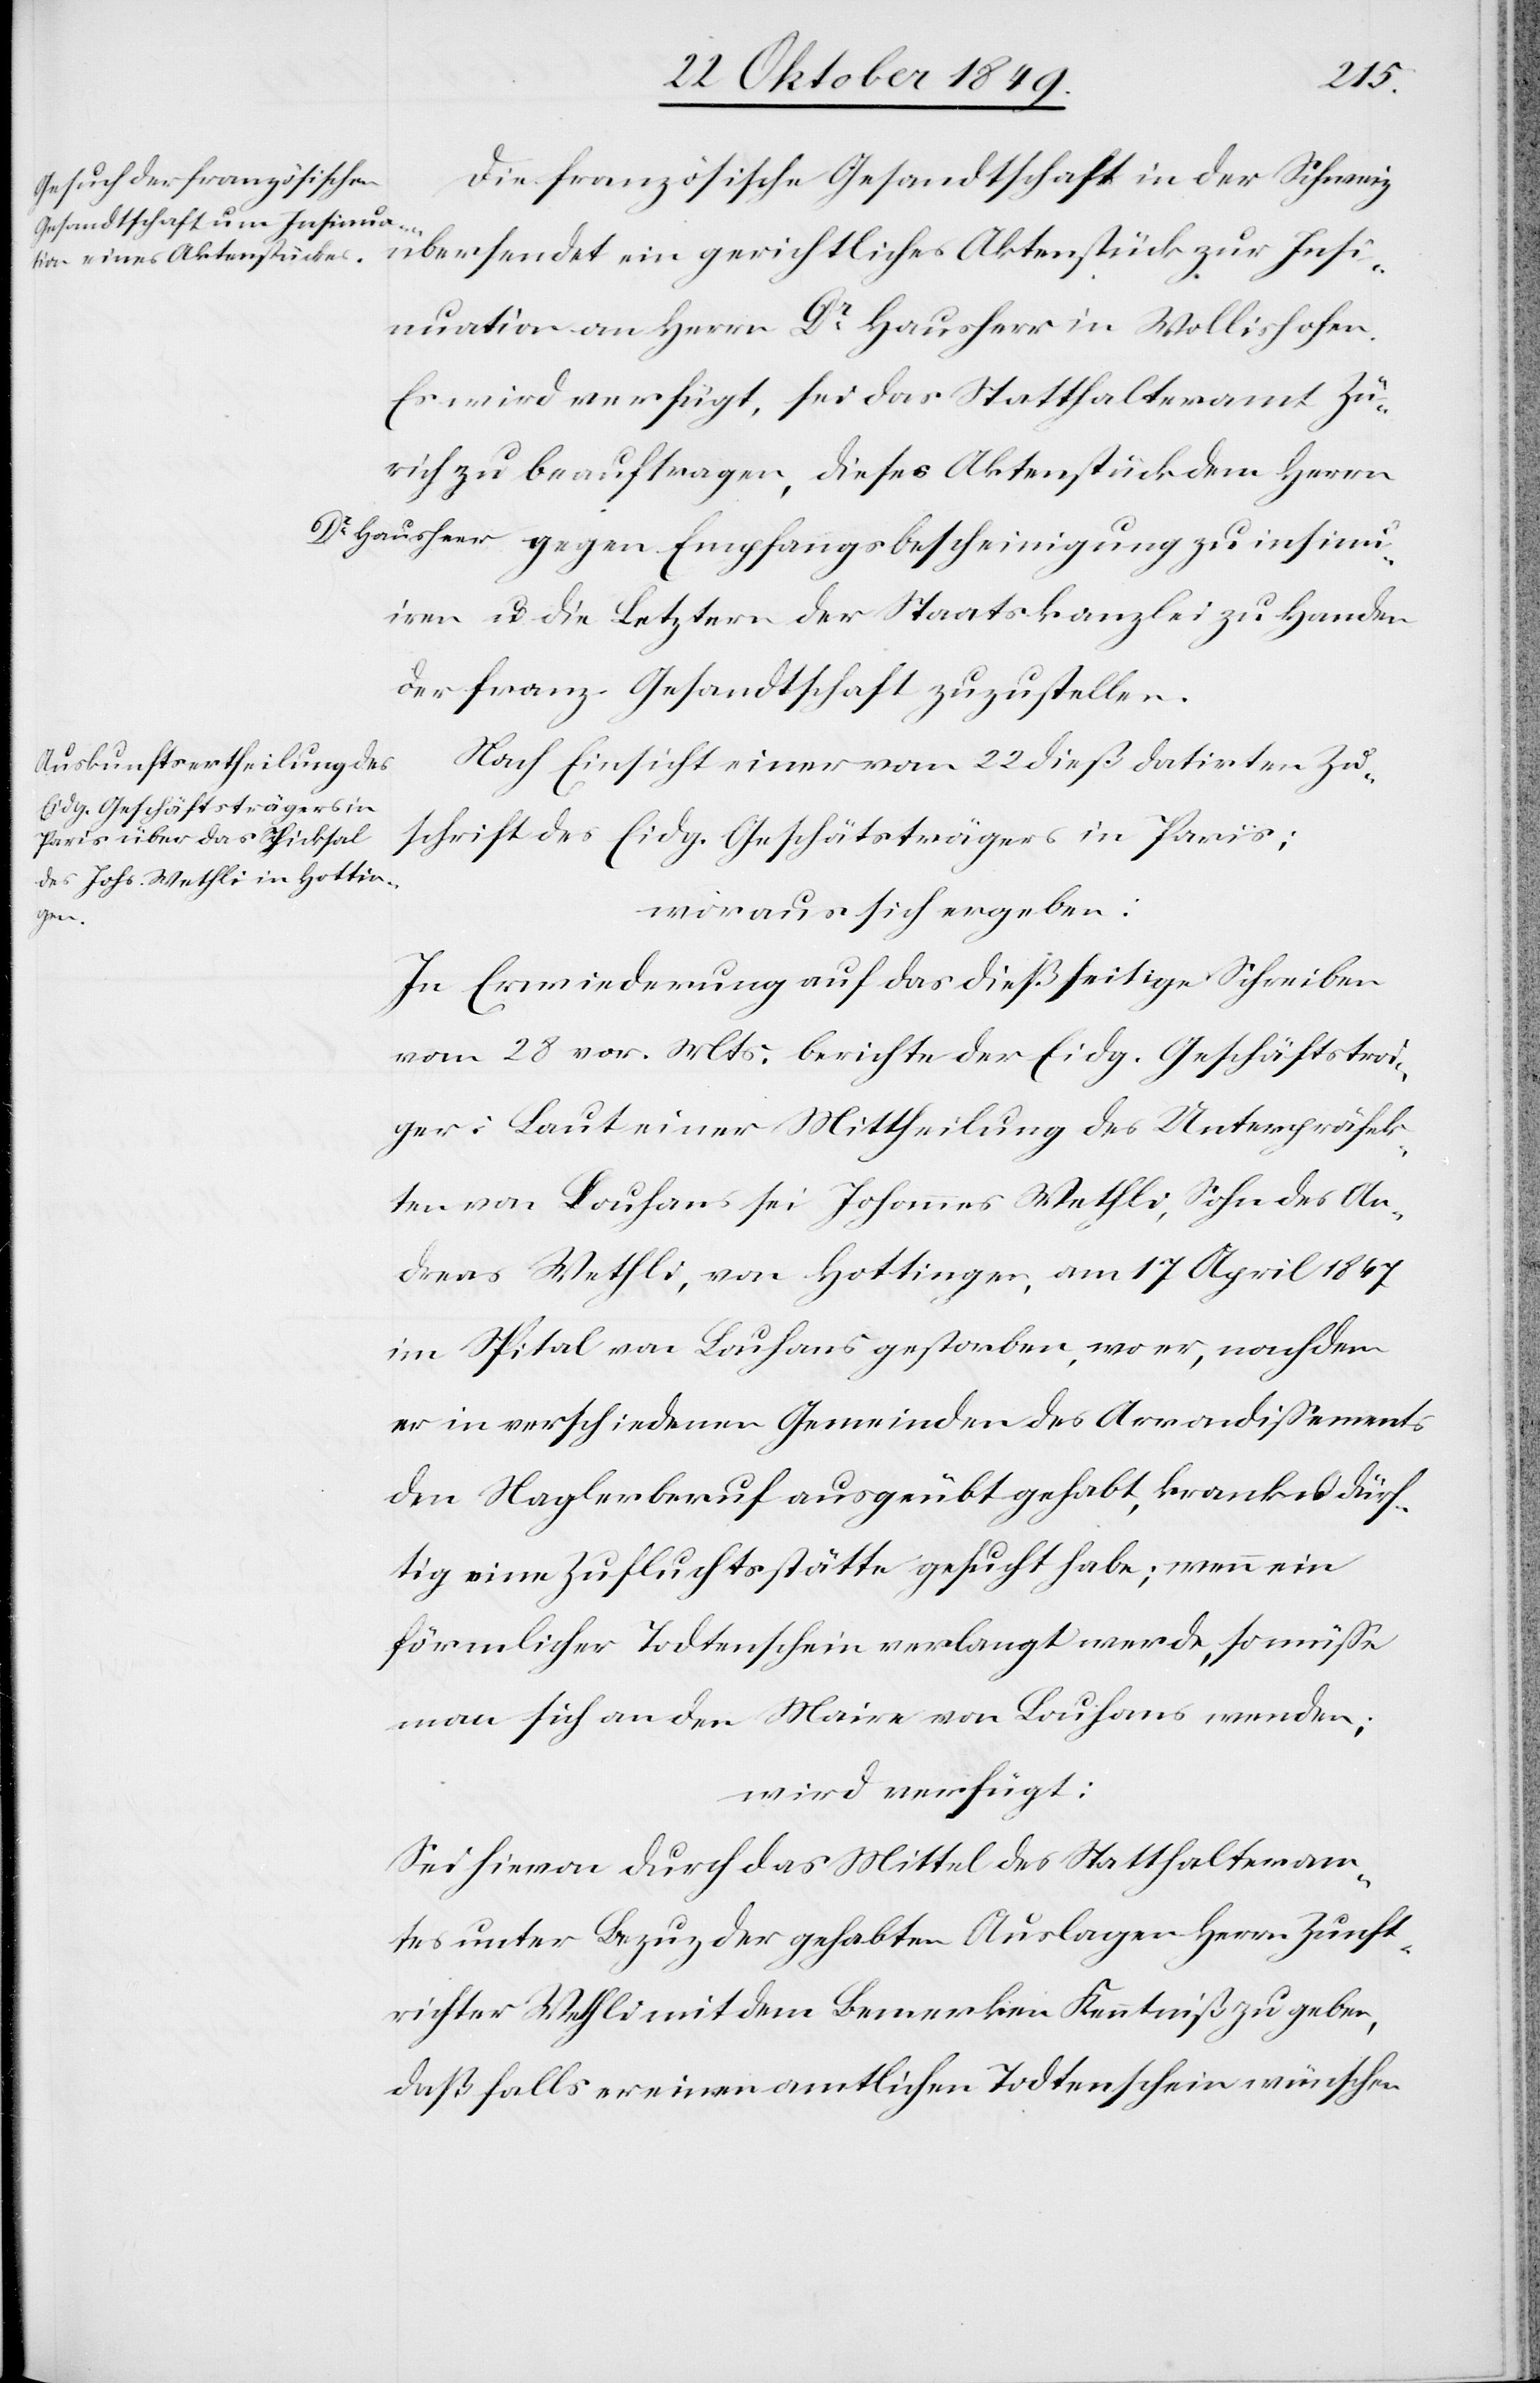
den
25 October 1849.]
Die französische Gesandtschaft in der Schweiz
übersendet ein gerichtliches Aktenstück zur Insi¬
nuation an Herrn Dr Hausherr in Wollishofen.
Es wird verfügt, sei das Statthalteramt Zü¬
rich zu beauftragen, dieses Aktenstück dem Herrn
Dr Hauser gegen Empfangsbescheinigung zu insinu¬
iren u. die Letztern der Staatskanzlei zu Handen
der franz. Gesandtschaft zuzustellen.
Nach Einsicht einer vom 22 dieß datirten Zu¬
schrift des Eidg. Geschäftsträgers in Paris;
woraus sich ergeben:
In Erwiederung auf das dießseitige Schreiben
vom 28 vor. Mts. berichte der Eidg. Geschäftsträ¬
ger: Laut einer Mittheilung des Unterpräfek¬
ten von Louhans sei Johannes Wethli, Sohn des An¬
dreas Wethli, von Hottingen, am 17 April 1847
im Spital von Louhans gestorben, wo er, nachdem
er in verschiedenen Gemeinden des Arrondißements
den Naglerberuf ausgeübt gehabt, krank u. dürf¬
tig eine Zufluchtsstätte gesucht habe; wenn ein
förmlicher Todtenschein verlangt werde, so müße
man sich an den Maire von Louhans wenden;
wird verfügt:
Sei hievon durch das Mittel des Statthalteram¬
tes unter Bezug der gehabten Auslagen Herrn Zunft¬
richter Wethli mit dem Bemerken Kenntniß zu geben,
daß falls er einen amtlichen Todtenschein wünschen